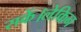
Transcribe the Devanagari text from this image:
सकें।लेकिन